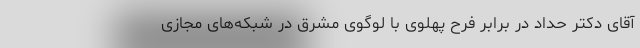
آقای دکتر حداد در برابر فرح پهلوی با لوگوی مشرق در شبکه‌های مجازی